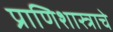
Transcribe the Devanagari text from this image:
प्राणिशास्त्राचे